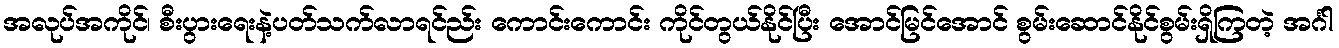
အလုပ်အကိုင်၊ စီးပွားရေးနဲ့ပတ်သက်လာရင်ည်း ကောင်းကောင်း ကိုင်တွယ်နိုင်ပြီး အောင်မြင်အောင် စွမ်းဆောင်နိုင်စွမ်းရှိကြတဲ့ အင်္ဂါ